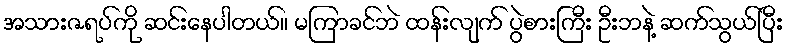
အသားဇရပ်ကို ဆင်းနေပါတယ်။ မကြာခင်ဘဲ ထန်းလျက် ပွဲစားကြီး ဦးဘနဲ့ ဆက်သွယ်ပြီး